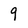
Character: 9